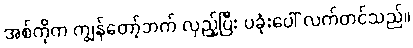
အစ်ကိုက ကျွန်တော့်ဘက် လှည့်ပြီး ပခုံးပေါ် လက်တင်သည်။